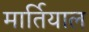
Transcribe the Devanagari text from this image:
मार्तियाल